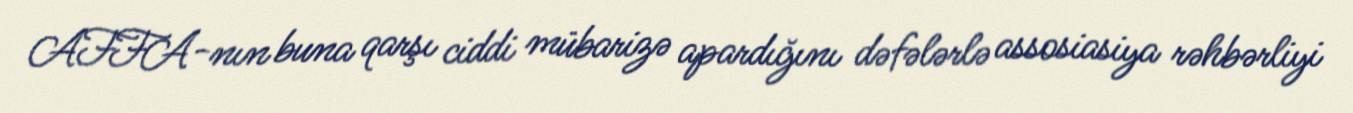
AFFA-nın buna qarşı ciddi mübarizə apardığını dəfələrlə assosiasiya rəhbərliyi